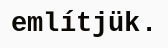
említjük.